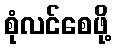
စုံလင်စေဖို့